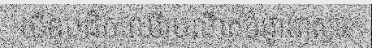
យីឌុបដឹកឈើប្រណីតបំផ្លាញស្ពាន